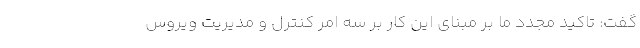
گفت: تاکید مجدد ما بر مبنای این کار بر سه امر کنترل و مدیریت ویروس